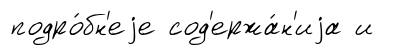
подро́бн'еjе сод'ержа́н'иjа и